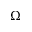
\Omega